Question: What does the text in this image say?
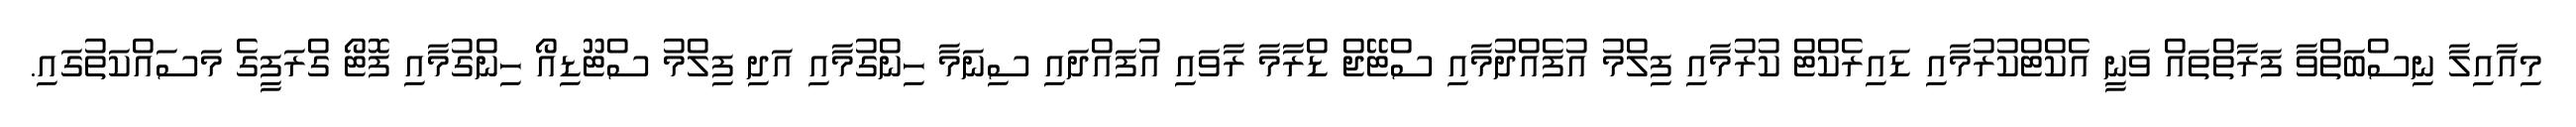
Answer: މިއާއިލާ ނިސްބަތްވާ ފަރާތްތައް ވަނީ އެކްޓްކުރުމާއި ޑައިރެކްޓް ކުރުމާއި ފިލްމު އުފެއްދުމާއި ސްޓޭޖް ޑްރާމާ ރާވައި އުފައްދައި ސިނަމާ ހިންގުމާއި އަދި ފިލްމު ސްޓޫޑިއޯ ހިންގުމާއި ފޮޓޯ ގްރަފީގެ މަސައްކަތުގައި.